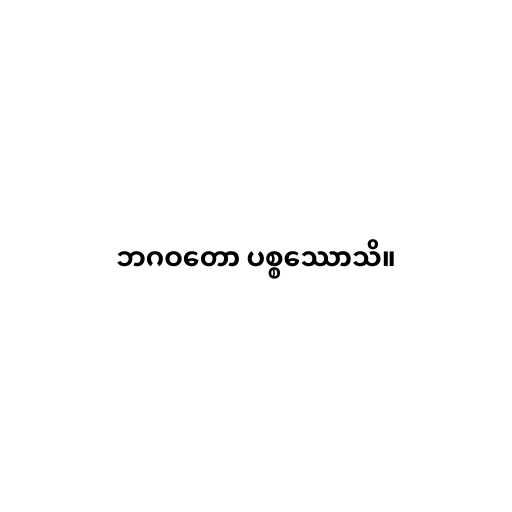
ဘဂဝတော ပစ္စဿောသိ။